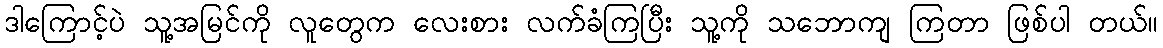
ဒါကြောင့်ပဲ သူ့အမြင်ကို လူတွေက လေးစား လက်ခံကြပြီး သူ့ကို သဘောကျ ကြတာ ဖြစ်ပါ တယ်။